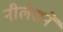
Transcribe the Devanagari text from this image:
नीलेशने